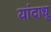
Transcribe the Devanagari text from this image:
यांदाधू